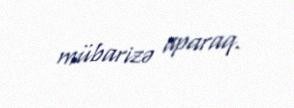
mübarizə aparaq.